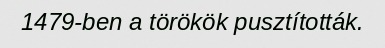
1479-ben a törökök pusztították.